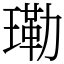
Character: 𤨕